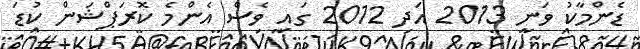
ޑެންމާކު ވަނީ 2013 އަދި 2012 ގައި ވެސް އެންމެ ކޮރަޕްޝަން ކުޑަ